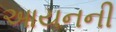
આયનની